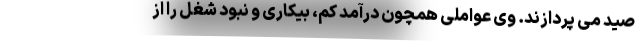
صید می پردازند. وی عواملی همچون درآمد کم، بیکاری و نبود شغل را از